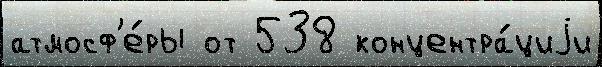
атмосф'е́ры от 538 концентра́циjи